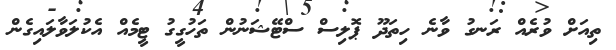
ތިއަށް ވުރެއް ރަނގު ވާނެ ހިތަދޫ ޕޮލިސް ސްޓޭޝަނުން ތަހުގީގު ޓީމެއް އެކުލަވާލައިގެން